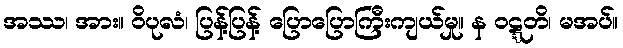
အဿ၊ အား။ ဝိပုလံ၊ ပြန့်ပြန့် ပြောပြောကြီးကျယ်မှု။ န ဝဋ္ဋတိ၊ မအပ်။